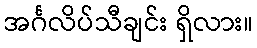
အင်္ဂလိပ်သီချင်း ရှိလား။